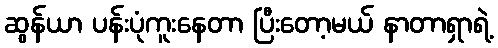
ဆွန်ယာ ပန်းပုံကူးနေတာ ပြီးတော့မယ် နာတာရှာရဲ့